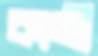
কাজী